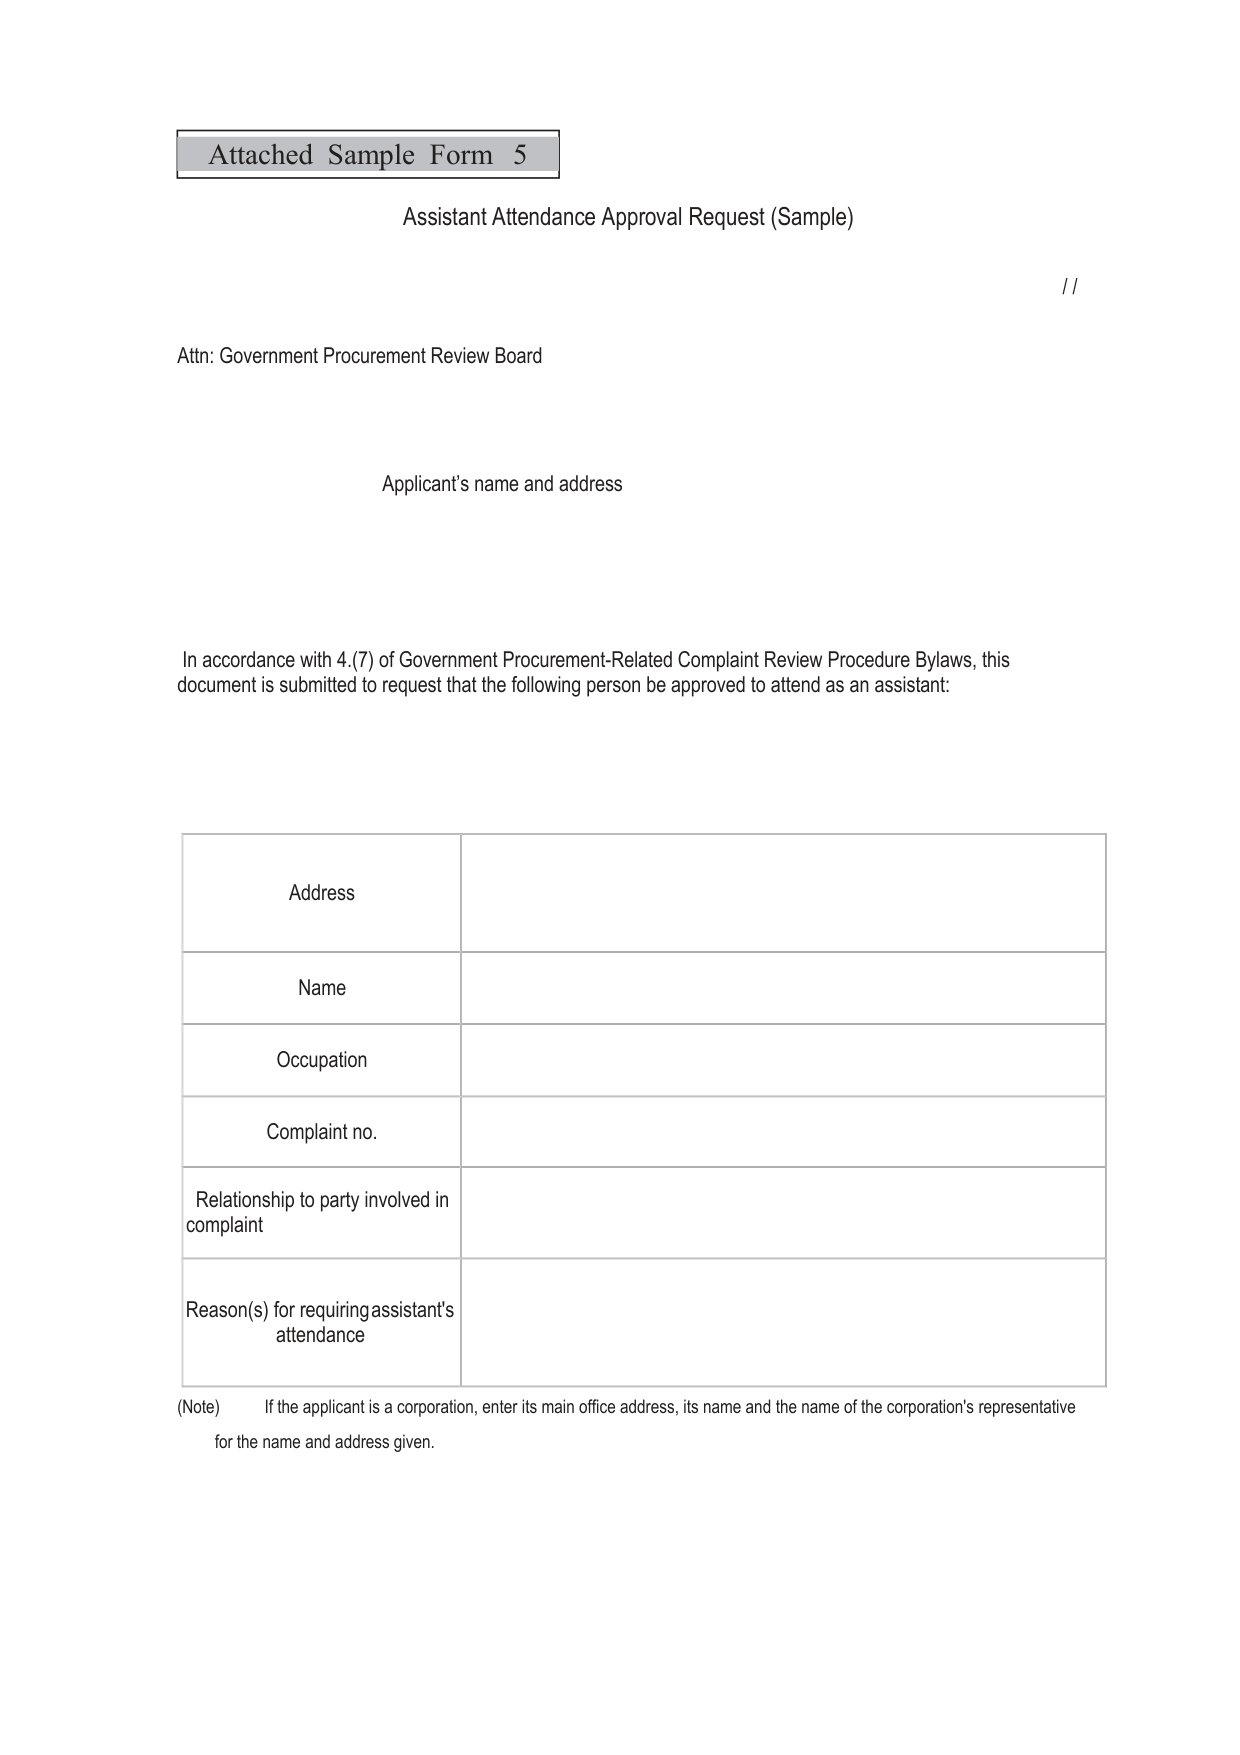
Attached Sample Form 5
Assistant Attendance Approval Request (Sample)
//
Attn: Government Procurement Review Board
Applicant's name and address
In accordance with 4.(7) of Government Procurement-Related Complaint Review Procedure Bylaws, this document is submitted to request that the following person be approved to attend as an assistant:
Address
Name
Occupation
Complaint no.
Relationship to party involved in complaint
Reason(s) for requiring assistant's attendance
(Note) If the applicant is a corporation, enter its main office address, its name and the name of the corporation's representative for the name and address given.